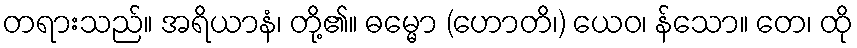
တရားသည်။ အရိယာနံ၊ တို့၏။ ဓမ္မော (ဟောတိ၊) ယေဝ၊ န်သော။ တေ၊ ထို